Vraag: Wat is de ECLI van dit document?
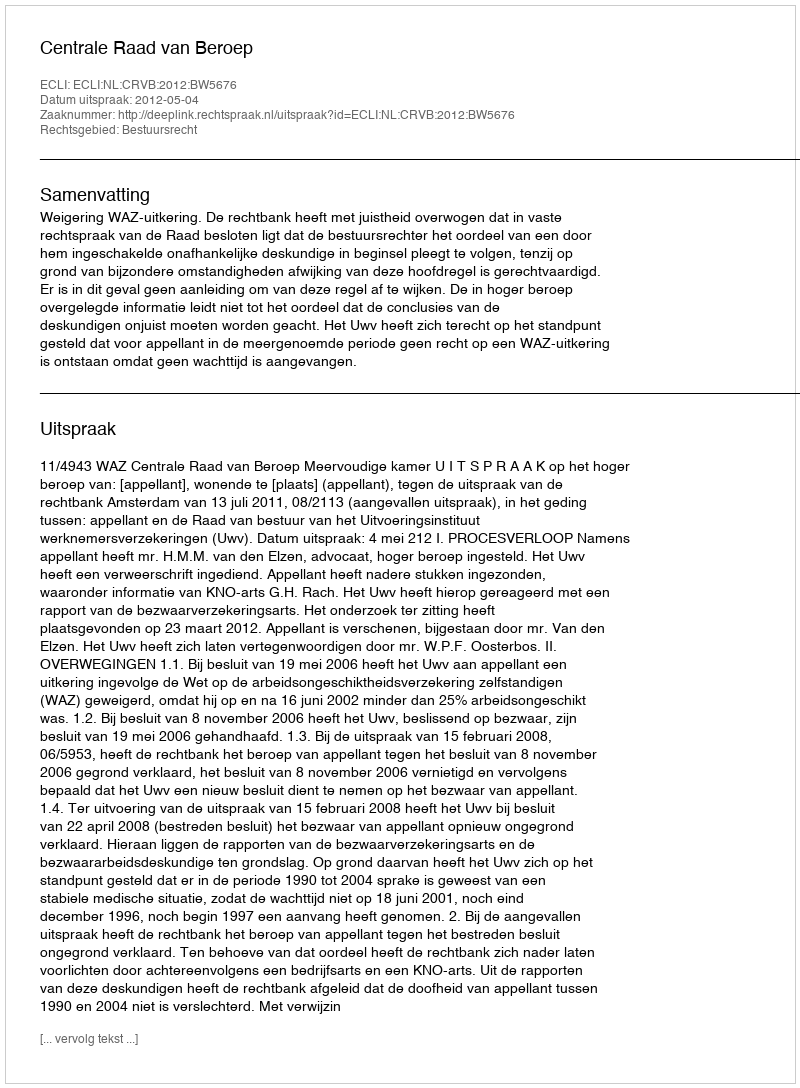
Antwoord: ECLI:NL:CRVB:2012:BW5676